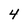
Character: 4